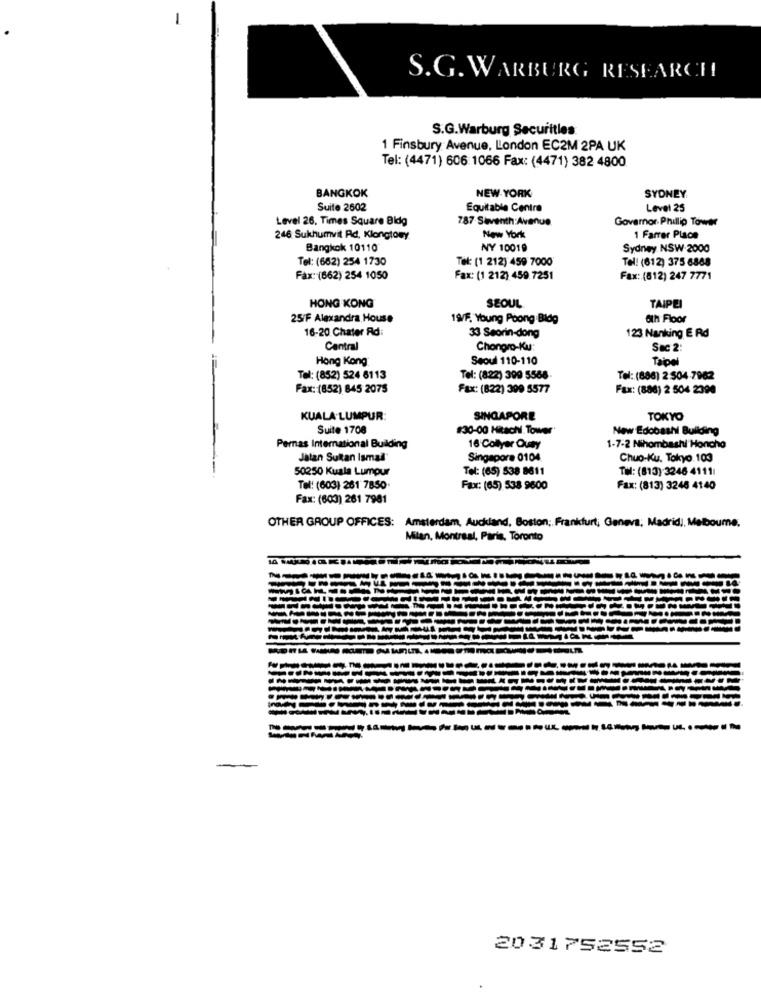
-
S.G. WARBURG RESEARCH
S.G.Warburg Securities
1 Finsbury Avenue, London EC2M 2PA UK
Tel: (4471) 606 1066 Fax: (4471) 382 4800
BANGKOK
NEW YORK
SYDNEY
Suite 2602
Equitable Centre
Level 25
Level 26. Times Square Bidg
787 Seventh:Avenue
Governor Phillip Tower
246 Sukhumvit Rd. Klongtowy
New York
1 Farrer Place
Bangkok 10110
NY 10019
Sydney NSW-2000
Tel: (662) 254 1730
Tel: (1 212) 459 7000
Tel: (612) 375 6888
Fax: (662) 254 1050
Fax: (1 212) 459.7251
Fax: (612) 247 7771
HONG KONG
SEOUL
TAIPEI
25/F Alexandra, House
19/F. Young Poong.Bldg
ath Floor
16-20 Chater Ad:
33 Seorin-dong
123 Nanking E Rd
Central
Chongro-Ku:
Sac 2
Hong Kong
Seoul 110-110
Taioel
Tel: (852) 524 6113
Tel: (822) 399 5588-
Tel: (886) 2 504-7982
Fax: (852) 845 2075
Fax: (822) 309 5577
Fax: (886) 2 504 2390
KUALA LUMPUR:
SINGAPORE
TOKYO
Suite 1708
#30-00 Hitachi Tower
New Edobashi Building
Pernas International Building
16 Collyer Quay
1-7-2 Nihombashi Honcho
Jalan Sultan Ismail
Singapore 0104
Chuo-Ku, Tokyo 103
50250 Kuala Lumpur
Tel: (65) 538 8611
Tel: (813) 3246 4111
Tel: (603) 261 7850
Fax: (65) 538 9600
Fax: (813) 3246 4140
Fax: (603) 261 7981
OTHER GROUP OFFICES:
Amsterdam, Auckland, Boston; Frankfurt, Geneva; Madrid ,, Melbourne,
Milan, Montreal, Paris, Toronto
-
2031752552